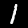
Label: 1